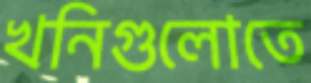
খনিগুলোতে